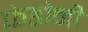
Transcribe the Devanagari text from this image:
फेडोनी